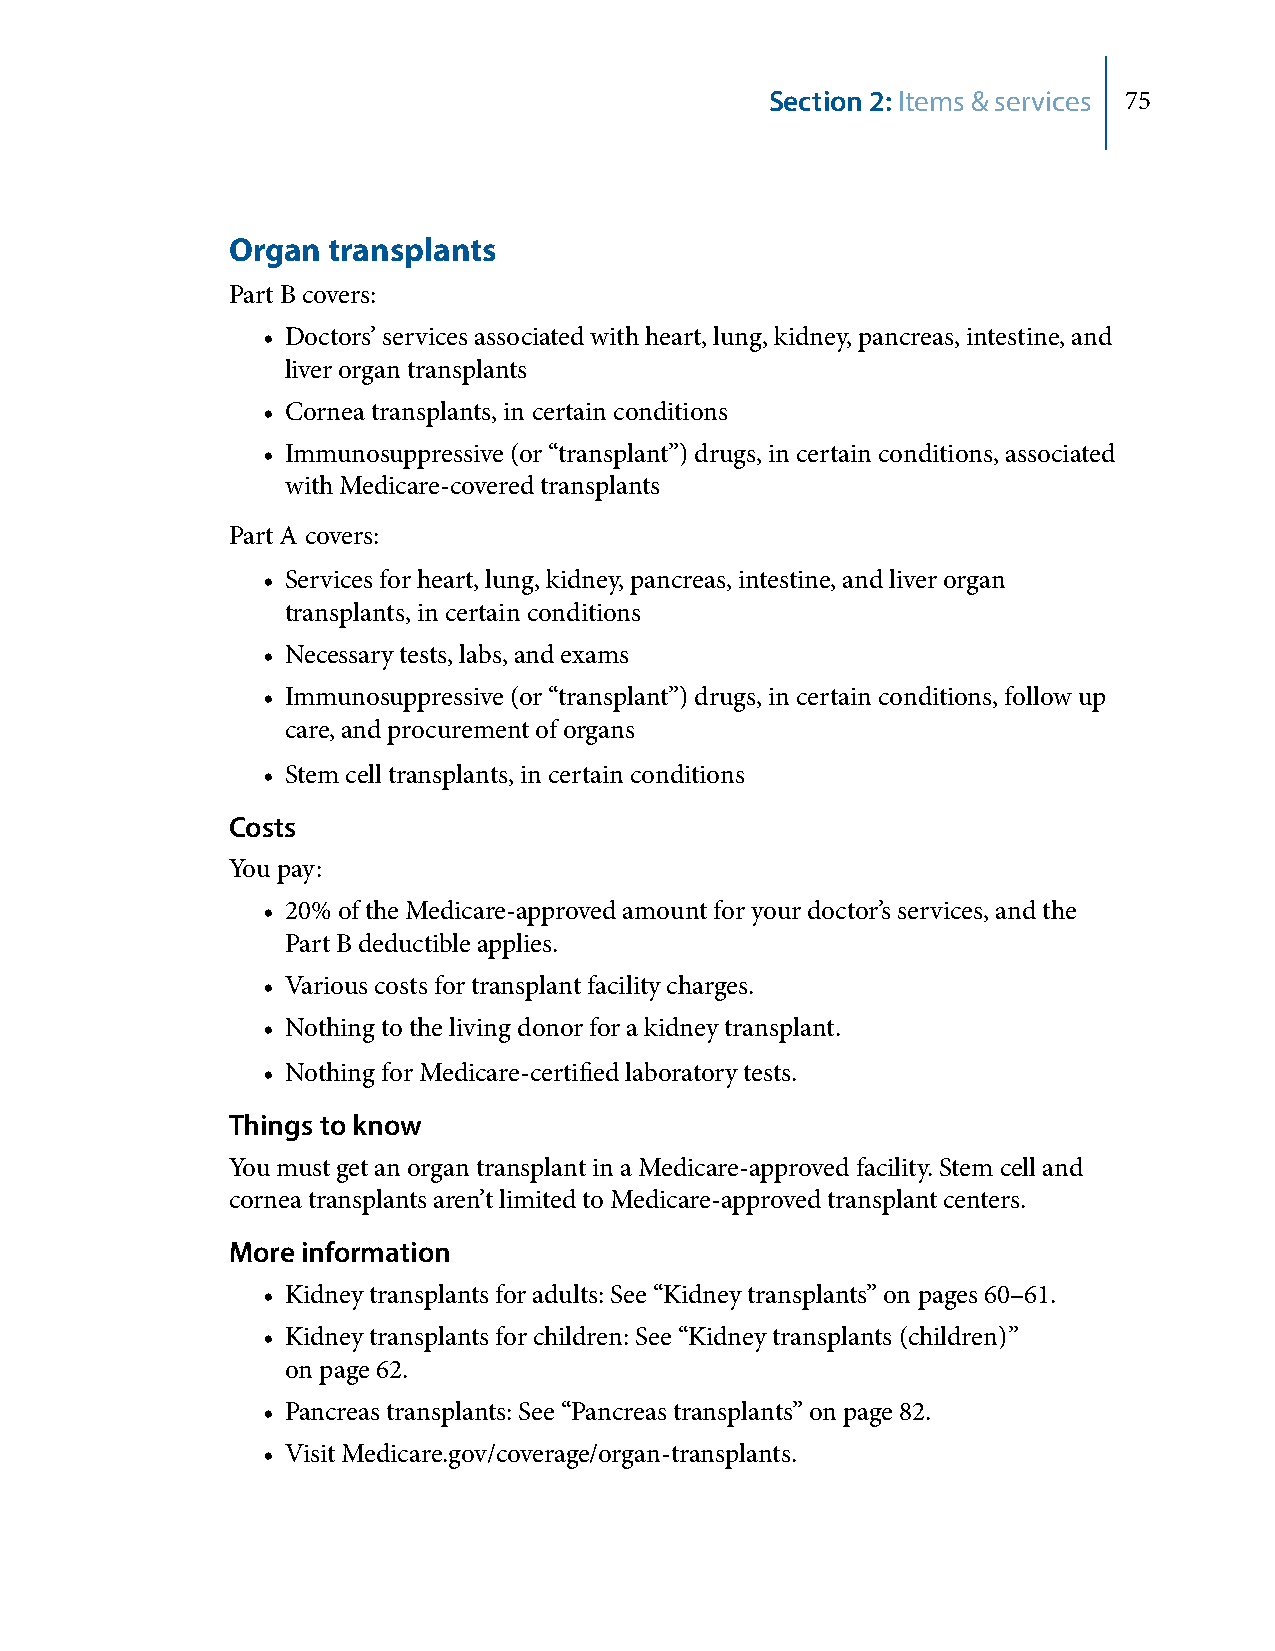
Section 2: Items & services 75
 Organ  transplants
 Part B covers:
 • Doctors’ services associated with heart, lung, kidney, pancreas, intestine, and
 liver organ transplants
 • Cornea transplants, in certain conditions
 • Immunosuppressive (or “transplant”) drugs, in certain conditions, associated
 with Medicare-covered transplants
 Part A covers:
 • Services for heart, lung, kidney, pancreas, intestine, and liver organ
 transplants, in certain conditions
 • Necessary tests, labs, and exams
 • Immunosuppressive (or “transplant”) drugs, in certain conditions, follow up
 care, and procurement of organs
 • Stem cell transplants, in certain conditions
 Costs
 You pay:
 • 20% of the Medicare-approved amount for your doctor’s services, and the
 Part B deductible applies.
 • Various costs for transplant facility charges.
 • Nothing to the living donor for a kidney transplant.
 • Nothing for Medicare-certified laboratory tests.
 Things to know
 You must get an organ transplant in a Medicare-approved facility. Stem cell and
 cornea transplants aren’t limited to Medicare-approved transplant centers.
 More information
 • Kidney transplants for adults: See “Kidney transplants” on pages 60–61.
 • Kidney transplants for children: See “Kidney transplants (children)”
 on page 62.
 • Pancreas transplants: See “Pancreas transplants” on page 82.
 • Visit Medicare.gov/coverage/organ-transplants.